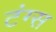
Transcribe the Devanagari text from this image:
टंग्स